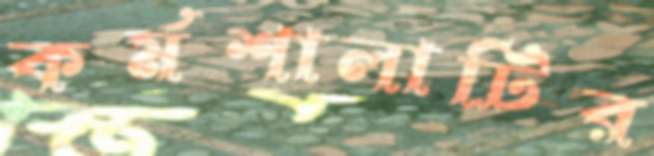
কর্মশালাটির